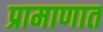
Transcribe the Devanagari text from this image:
प्रामाणात